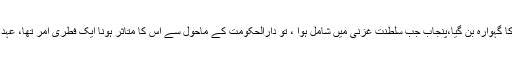
غزنی شہر جو محمود کے زمانے میں اسلامی عجم کا سب سے بڑا مرکز تھا ،دینی علوم کا گہوارہ بن گیا،پنجاب جب سلطنت غزنی میں شامل ہوا ، تو دارالحکومت کے ماحول سے اس کا متاثر ہونا ایک فطری امر تھا، عہدِ سلاطین میں کم وبیش غزنوی دور کا نصابِ تعلیم ہی ہندوستان کے مدارس میں رائج رہا ۔